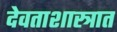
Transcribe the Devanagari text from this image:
देवताशास्त्रात